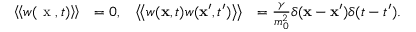
\begin{array} { r l r l } { \left\langle \! \left\langle w ( \textrm { x } , t ) \right\rangle \! \right\rangle } & { = 0 , } & { \left\langle \! \left\langle w ( \mathbf { x } , t ) w ( \mathbf { x } ^ { \prime } , { t ^ { \prime } } ) \right\rangle \! \right\rangle } & { = { \frac { \gamma } { m _ { 0 } ^ { 2 } } } \delta ( \mathbf { x } - \mathbf { x } ^ { \prime } ) \delta ( t - { t ^ { \prime } } ) . } \end{array}